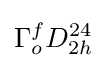
\Gamma _{o}^{f}D_{2h}^{24}